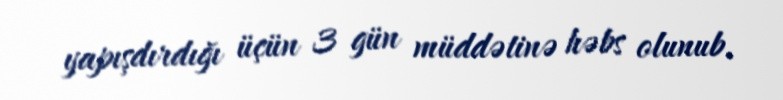
yapışdırdığı üçün 3 gün müddətinə həbs olunub.